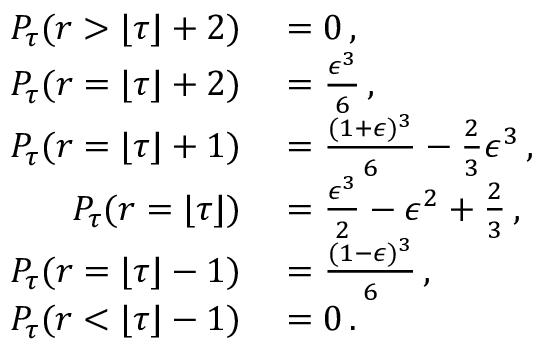
\begin{array} { r l } { P _ { \tau } ( r > \lfloor \tau \rfloor + 2 ) } & { { } = 0 \, , } \\ { P _ { \tau } ( r = \lfloor \tau \rfloor + 2 ) } & { { } = \frac { \epsilon ^ { 3 } } { 6 } \, , } \\ { P _ { \tau } ( r = \lfloor \tau \rfloor + 1 ) } & { { } = \frac { ( 1 + \epsilon ) ^ { 3 } } { 6 } - \frac 2 3 \epsilon ^ { 3 } \, , } \\ { P _ { \tau } ( r = \lfloor \tau \rfloor ) } & { { } = \frac { \epsilon ^ { 3 } } { 2 } - \epsilon ^ { 2 } + \frac 2 3 \, , } \\ { P _ { \tau } ( r = \lfloor \tau \rfloor - 1 ) } & { { } = \frac { ( 1 - \epsilon ) ^ { 3 } } { 6 } \, , } \\ { P _ { \tau } ( r < \lfloor \tau \rfloor - 1 ) } & { { } = 0 \, . } \end{array}